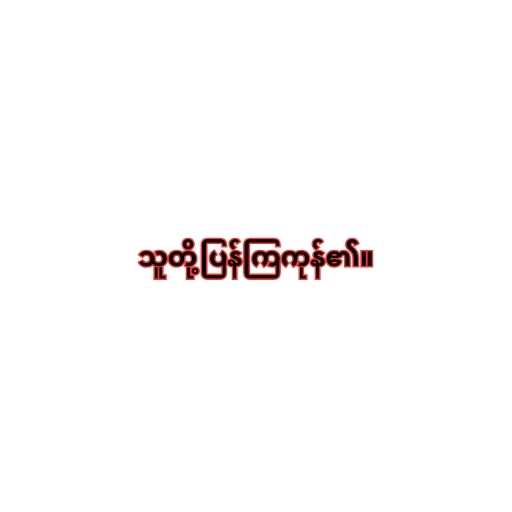
သူတို့ပြန်ကြကုန်၏။